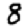
Digit: 8